Vaccination in the Punjab 1905-1918 - 1905-1918
Year: 1905
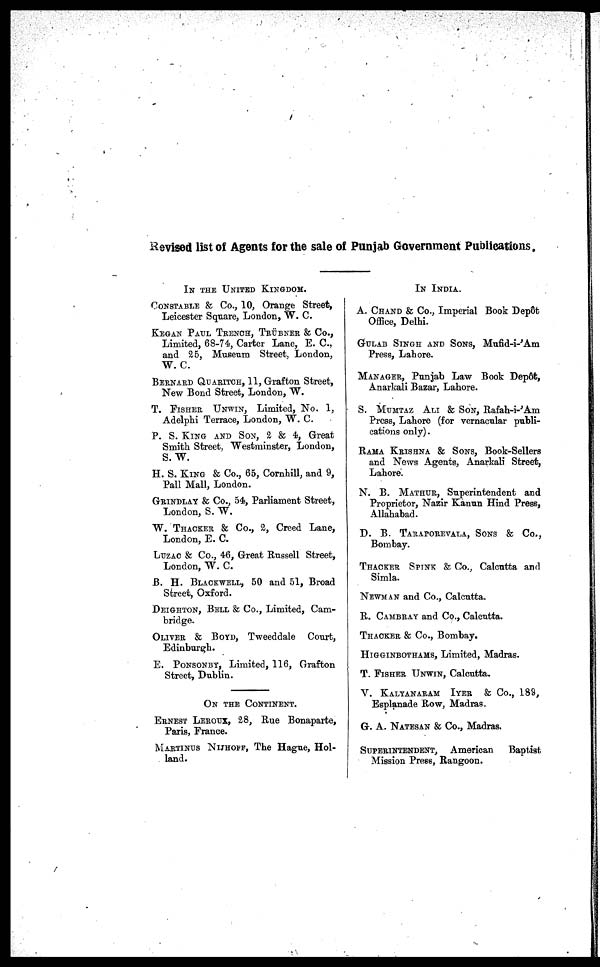
Revised list of Agents for the sale of Punjab Government Publications.
IN THE UNITED KINGDOM.
CONSTABLE & Co., 10, Orange Street,
Leicester Square, London, W. C.
KEGAN PAUL TRENCH, TRÜBNER & Co.,
Limited, 68-74, Carter Lane, E. C.,
and 25, Museum Street, London,
W. C.
BERNARD QUARITCH, 11, Grafton Street,
New Bond Street, London, W.
T. FISHER UNWIN, Limited, No. 1,
Adelphi Terrace, London, W. C.
P. S. KING AND SON, 2 & 4, Great
Smith Street, Westminster, London,
S. W.
H. S. KING & Co., 65, Cornhill, and 9,
Pall Mall, London.
GRINDLAY & Co., 54, Parliament Street,
London, S. W.
W. THACKER & Co., 2, Creed Lane,
London, E. C.
LUZAC & Co., 46, Great Russell Street,
London, W. C.
B. H. BLACKWELL, 50 and 51, Broad
Street, Oxford.
DEIGHTON, BELL & Co., Limited, Cam-
bridge.
OLIVER & BOYD, Tweeddale Court,
Edinburgh.
E. PONSONBY, Limited, 116, Grafton
Street, Dublin.
ON THE CONTINENT.
ERNEST LEROUX, 28, Rue Bonaparte,
Paris, France.
MARTINUS NIJHOFF, The Hague, Hol-
land.
IN INDIA.
A. CHAND & Co., Imperial Book Depôt
Office, Delhi.
GULAB SINGH AND SONS, Mufid-i-'Am
Press, Lahore.
MANAGER, Punjab Law Book Depôt,
Anarkali Bazar, Lahore.
S. MUMTAZ ALI & SON, Rafah-i-'Am
Press, Lahore (for vernacular publi-
cations only).
RAMA KRISHNA & SONS, Book-Sellers
and News Agents, Anarkali Street,
Lahore.
N. B. MATHUR, Superintendent and
Proprietor, Nazir Kanun Hind Press,
Allahabad.
D. B. TARAPOREVALA, SONS & Co.,
Bombay.
THACKER SPINK & Co., Calcutta and
Simla.
NEWMAN and Co., Calcutta.
R. CAMBRAY and Co., Calcutta.
THACKER & Co., Bombay.
HIGGINBOTHAMS, Limited, Madras.
T. FISHER UNWIN, Calcutta.
V. KALYANARAM IYER
& Co., 189,
Esplanade Row, Madras.
G. A. NATESAN & Co., Madras.
SUPERINTENDENT,
American
Baptist
Mission Press, Rangoon.